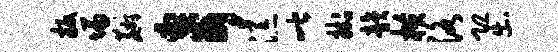
扳慊麝奇添喈挂韵横洛恐出